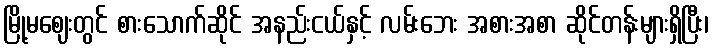
မြို့မဈေးတွင် စားသောက်ဆိုင် အနည်းငယ်နှင့် လမ်းဘေး အစားအစာ ဆိုင်တန်းများရှိပြီး၊